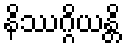
နိဿဂ္ဂိယန္တိ